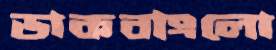
ডাকবাংলো